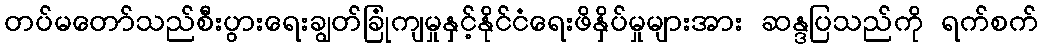
တပ်မတော်သည်စီးပွားရေးချွတ်ခြုံကျမှုနှင့်နိုင်ငံရေးဖိနှိပ်မှုများအား ဆန္ဒပြသည်ကို ရက်စက်